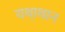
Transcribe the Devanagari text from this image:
यथा्थान